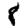
Digit: 8